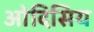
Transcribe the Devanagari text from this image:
ओदिसिय